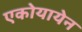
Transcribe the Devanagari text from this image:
एकोयायेन